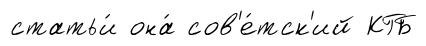
статьи́ она́ сов'е́тск'ий КГБ